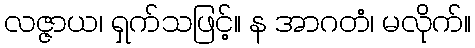
လဇ္ဇာယ၊ ရှက်သဖြင့်။ န အာဂတံ၊ မလိုက်။